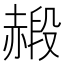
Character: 𧹮